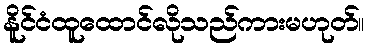
နိူင်ငံထူထောင်လိုသည်ကားမဟုတ်။